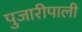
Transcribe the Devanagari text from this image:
पुजारीपाली